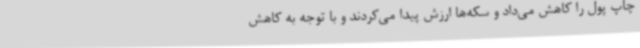
چاپ پول را کاهش می‌داد و سکه‌ها ارزش پیدا می‌کردند و با توجه به کاهش